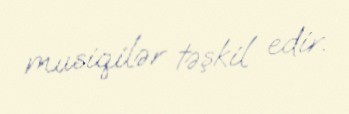
musiqilər təşkil edir.